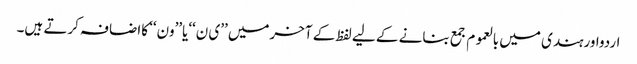
اردواورہندی میں بالعموم جمع بنانے کے لیے لفظ کے آخرمیں ’’ی ن‘‘یا’’ون‘‘ کااضافہ کرتے ہیں۔